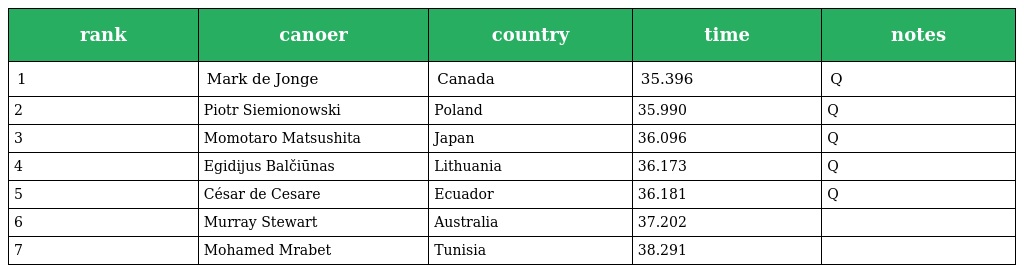
| rank | canoer | country | time | notes |
 | --- | --- | --- | --- | --- |
 | 1 | Mark de Jonge | Canada | 35.396 | Q |
 | 2 | Piotr Siemionowski | Poland | 35.990 | Q |
 | 3 | Momotaro Matsushita | Japan | 36.096 | Q |
 | 4 | Egidijus Balčiūnas | Lithuania | 36.173 | Q |
 | 5 | César de Cesare | Ecuador | 36.181 | Q |
 | 6 | Murray Stewart | Australia | 37.202 |  |
 | 7 | Mohamed Mrabet | Tunisia | 38.291 |  |